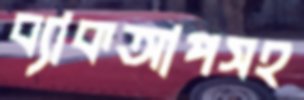
ব্যাকআপসহ